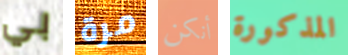
بي مرة أنكن المذكورة